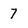
Character: 7